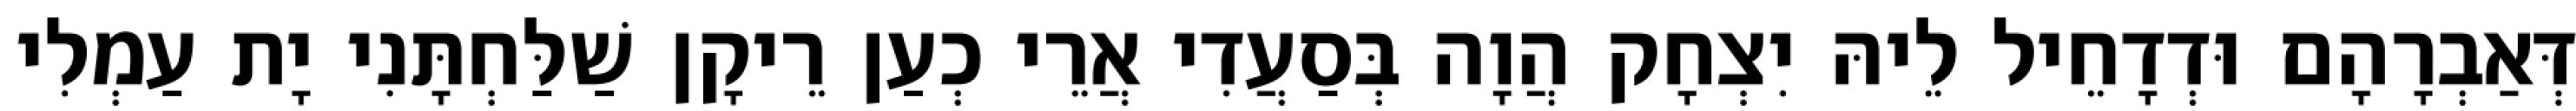
דְּאַבְרָהָם וּדְדָחֵיל לֵיהּ יִצְחָק הֲוָה בְּסַעֲדִי אֲרֵי כְעַן רֵיקָן שַׁלַּחְתָּנִי יָת עַמְלִי